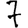
Digit: 7